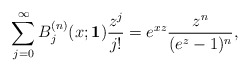
\begin{align*}\sum_{j=0}^{\infty} B_{j}^{(n)}(x;\mathbf{1}) \frac{z^{j}}{j!} = e^{xz} \frac{z^{n}}{(e^{z}-1)^{n}},\end{align*}